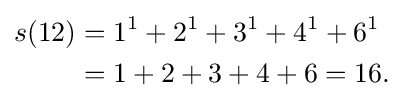
{\begin{aligned}s(12)&=1^{1}+2^{1}+3^{1}+4^{1}+6^{1}\\&=1+2+3+4+6=16.\end{aligned}}